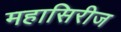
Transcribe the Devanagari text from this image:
महासिरीज